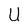
Character: U